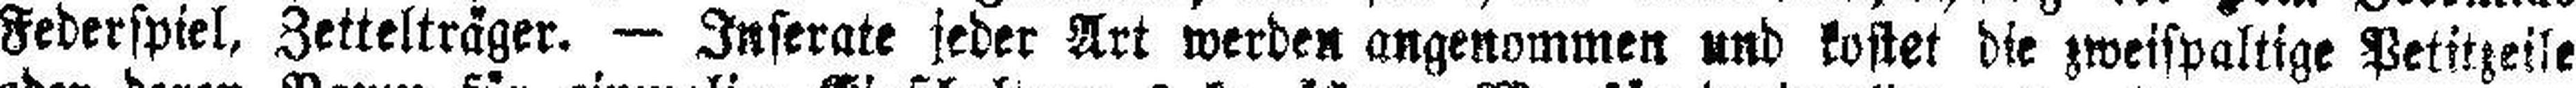
Federspiel, Zettelträger. — Inserate jeder Art werden angenommen und kostet die zweispaltige Petitzeile